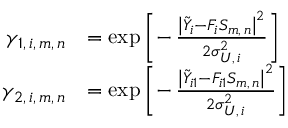
\begin{array} { r l } { \gamma _ { 1 , \, i , \, m , \, n } } & { = \exp \left[ - \, \frac { \left| \tilde { Y } _ { i } - F _ { i } S _ { m , \, n } \right| ^ { 2 } } { 2 \sigma _ { U , \, i } ^ { 2 } } \right] } \\ { \gamma _ { 2 , \, i , \, m , \, n } } & { = \exp \left[ - \, \frac { \left| \tilde { Y } _ { i 1 } - F _ { i 1 } S _ { m , \, n } \right| ^ { 2 } } { 2 \sigma _ { U , \, i } ^ { 2 } } \right] } \end{array}